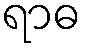
ရာဓ